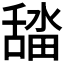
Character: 𮍾